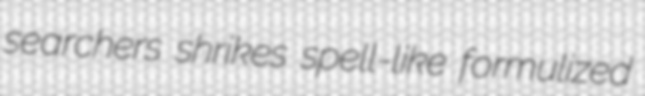
searchers shrikes spell-like formulized